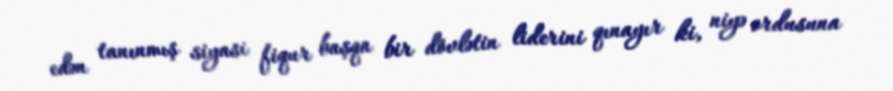
edən tanınmış siyasi fiqur başqa bir dövlətin liderini qınayır ki, niyə ordusuna